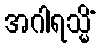
အဂါရသ္မိံ